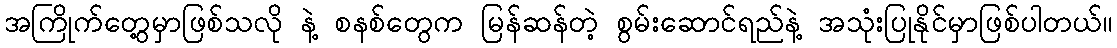
အကြိုက်တွေ့မှာဖြစ်သလို နဲ့ စနစ်တွေက မြန်ဆန်တဲ့ စွမ်းဆောင်ရည်နဲ့ အသုံးပြုနိုင်မှာဖြစ်ပါတယ်။